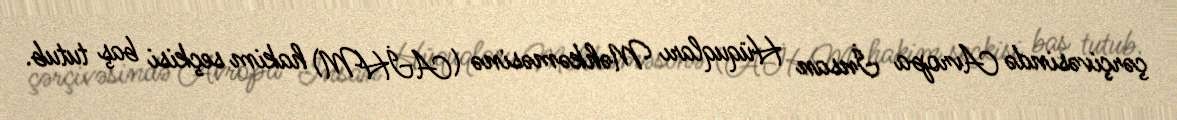
çərçivəsində Avropa İnsan Hüquqları Məhkəməsinə (AİHM) hakim seçkisi baş tutub.